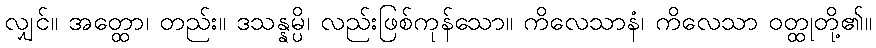
လျှင်။ အတ္ထော၊ တည်း။ ဒသန္နမ္ပိ၊ လည်းဖြစ်ကုန်သော။ ကိလေသာနံ၊ ကိလေသာ ဝတ္ထုတို့၏။